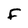
Character: F